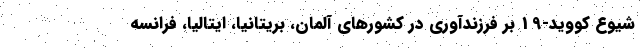
شیوع کووید-19 بر فرزندآوری در کشورهای آلمان، بریتانیا، ایتالیا، فرانسه